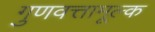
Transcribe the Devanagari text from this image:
गुणवत्तामूल्क